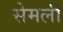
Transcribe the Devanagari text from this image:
सेमली